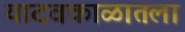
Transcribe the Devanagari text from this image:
यादवकाळातला